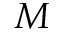
M